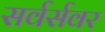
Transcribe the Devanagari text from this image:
सर्वर्सवर